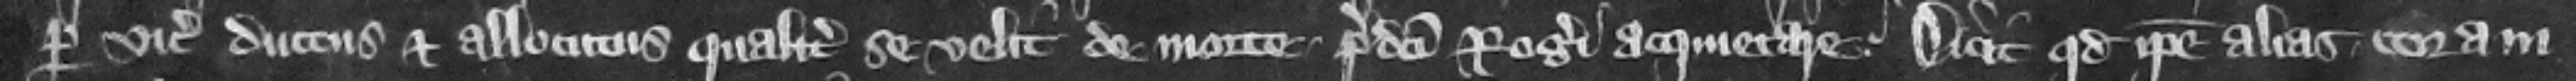
per vicecomitem ductus et allocutus qualiter se velit de morte predicti Rogeri acquietare dicit quod ipse alias coram